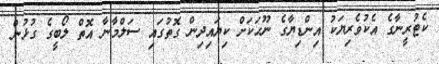
ކެޓުރީނާގެ އެކުވެރިޔަކު އިންޑިޔާގެ ނޫހަކަށް ކިޔައިދިން ގޮތުގައި ސަލްމާނާ އޮތް ލޯބީގެ ގުޅުން